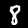
Digit: 8